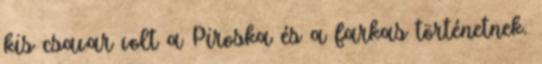
kis csavar volt a Piroska és a farkas történetnek.